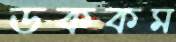
ডককম